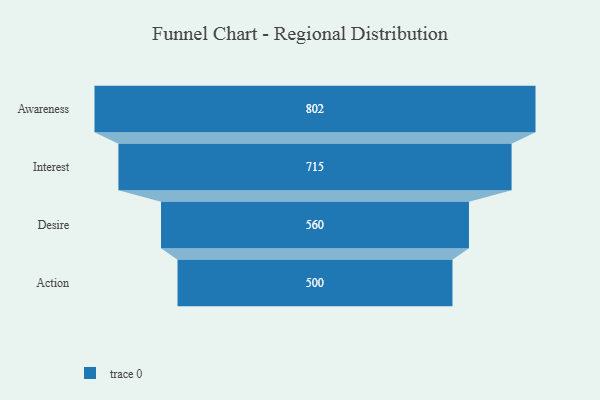
{"axis": {"x": "Stage", "y": "Value"}, "legend": [""], "data": [{"x": "Awareness", "y": 802.0, "type": ""}, {"x": "Interest", "y": 715.0, "type": ""}, {"x": "Desire", "y": 560.0, "type": ""}, {"x": "Action", "y": 500, "type": ""}]}